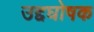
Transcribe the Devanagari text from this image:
उद्दघोषक